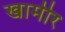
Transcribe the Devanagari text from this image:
खामीर